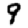
Digit: 9